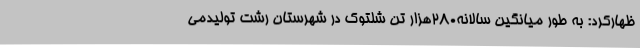
ظهارکرد: به طور میانگین سالانه280هزار تن شلتوک در شهرستان رشت تولیدمی